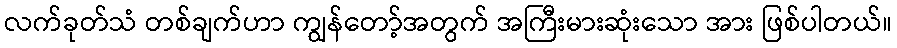
လက်ခုတ်သံ တစ်ချက်ဟာ ကျွန်တော့်အတွက် အကြီးမားဆုံးသော အား ဖြစ်ပါတယ်။